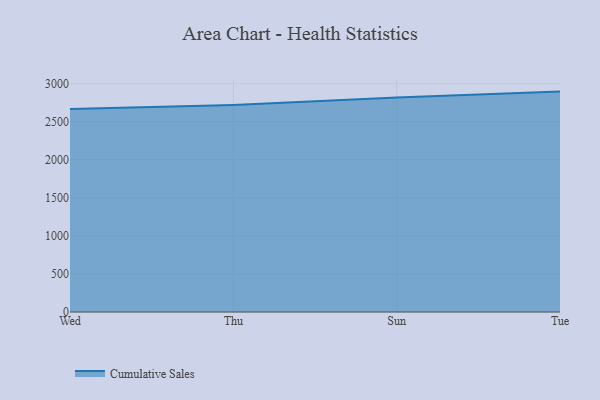
{"axis": {"x": "Day", "y": "Active Users"}, "legend": ["Cumulative Sales"], "data": [{"x": "Wed", "y": 2667.2, "type": "Cumulative Sales"}, {"x": "Thu", "y": 2720.5, "type": "Cumulative Sales"}, {"x": "Sun", "y": 2817.1, "type": "Cumulative Sales"}, {"x": "Tue", "y": 2894.9, "type": "Cumulative Sales"}]}